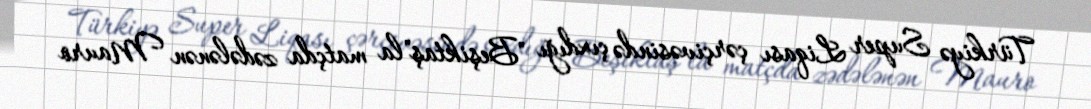
Türkiyə Super Liqası çərçivəsində çıxdığı "Beşiktaş"la matçda zədələnən Mauro